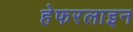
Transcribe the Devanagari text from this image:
हेफरलाइन